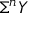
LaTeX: \Sigma ^ { n } Y